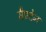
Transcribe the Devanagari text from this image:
मैण्टेन